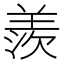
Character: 羨